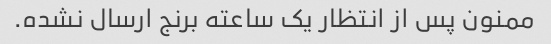
ممنون پس از انتظار یک ساعته برنج ارسال نشده.